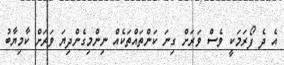
އެ ދެ ފޯރަމަކީ ވެސް ވަރަށް ގިނަ ކަންތައްތަކެއް ނިންމިގެންދިޔަ ވަރަށް ކާމިޔާބު